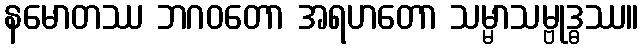
နမောတဿ ဘဂဝတော အရဟတော သမ္မာသမ္ဗုဒ္ဓဿ။